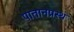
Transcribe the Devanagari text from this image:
पातानप्रस्थ